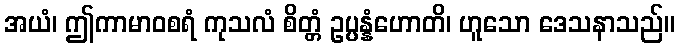
အယံ၊ ဤကာမာဝစရံ ကုသလံ စိတ္တံ ဥပ္ပန္နံဟောတိ၊ ဟူသော ဒေသနာသည်။